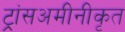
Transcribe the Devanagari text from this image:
ट्रांसअमीनीकृत